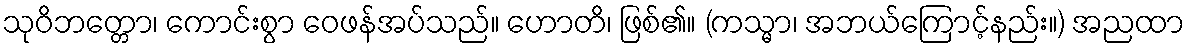
သုဝိဘတ္တော၊ ကောင်းစွာ ဝေဖန်အပ်သည်။ ဟောတိ၊ ဖြစ်၏။ (ကသ္မာ၊ အဘယ်ကြောင့်နည်း။) အညထာ